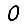
Digit: 0